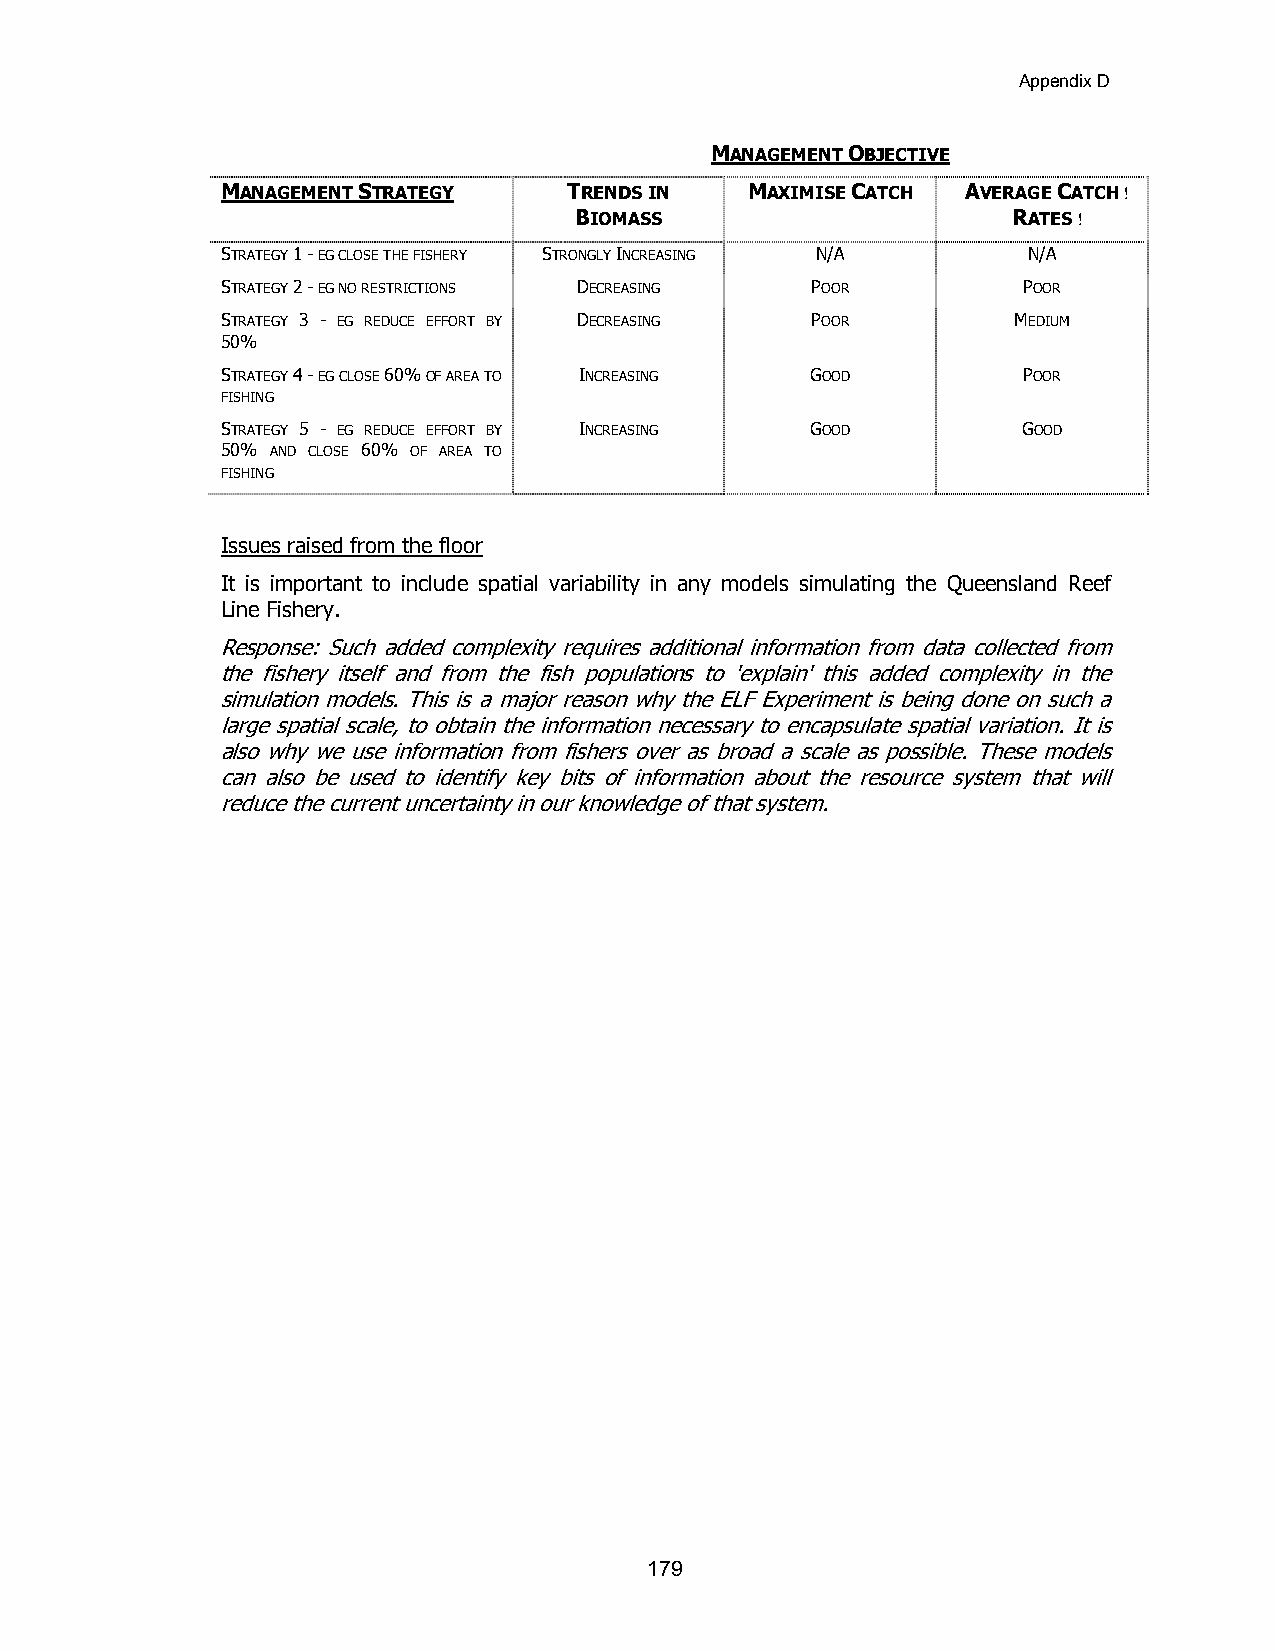
Appendix D
 MANAGEMENT OBJECTIVE
 MANAGEMENT STRATEGY    TRENDS IN  MAXIMISE CATCH AVERAGE CATCH !
 BIOMASS                      RATES !
 STRATEGY 1 - EG CLOSE THE FISHERY STRONGLY INCREASING N/A N/A
 STRATEGY 2 - EG NO RESTRICTIONS DECREASING POOR      POOR
 STRATEGY 3 - EG REDUCE EFFORT BY DECREASING POOR    MEDIUM
 50%
 STRATEGY 4 - EG CLOSE 60% OF AREA TO INCREASING GOOD POOR
 FISHING
 STRATEGY 5 - EG REDUCE EFFORT BY INCREASING GOOD     GOOD
 50% AND CLOSE 60% OF AREA TO
 FISHING
 Issues raised from the floor
 It is important to include spatial variability in any models simulating the Queensland Reef
 Line Fishery.
 Response: Such added complexity requires additional information from data collected from
 the fishery itself and from the fish populations to 'explain' this added complexity in the
 simulation models. This is a major reason why the ELF Experiment is being done on such a
 large spatial scale, to obtain the information necessary to encapsulate spatial variation. It is
 also why we use information from fishers over as broad a scale as possible. These models
 can also be used to identify key bits of information about the resource system that will
 reduce the current uncertainty in our knowledge of that system.
 179